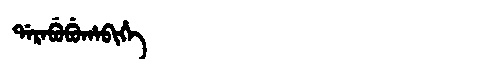
Manchu: ᡩᠠᡵᠠᠪᡠᠪᡠᡥᠠᠪᡳᡥᡝ
Romanization: DARABUBUHABIHE